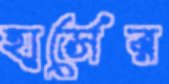
হার্সের